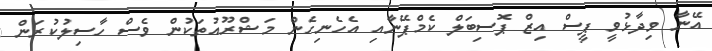
އޭނާ ވިދާޅުވީ ޕީސް އިޒް ޕޮސިބަލް ކެމްޕޭނާއި އެހެނިހެން މަޝްރޫއުތަކުން ވެސް ހާސިލުކުރަން